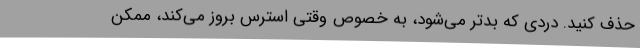
حذف کنید. دردی که بدتر می‌شود، به خصوص وقتی استرس بروز می‌کند، ممکن